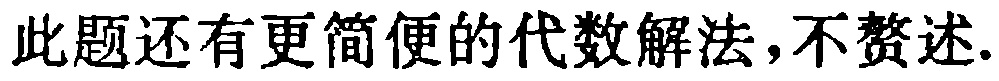
此题还有更简便的代数解法,不赘述.